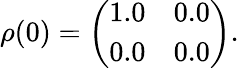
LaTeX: \begin{array}{r}{\rho(0)=\left(\begin{array}{ll}{1.0}&{0.0}\\ {0.0}&{0.0}\end{array}\right).}\end{array}